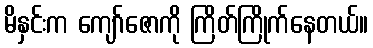
မိနှင်းက ကျော်ဇောကို ကြိတ်ကြိုက်နေတယ်။